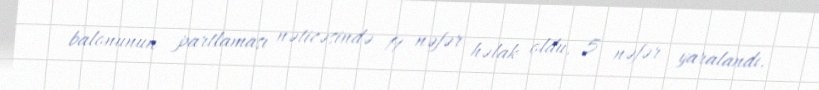
balonunun partlaması nəticəsində 19 nəfər həlak oldu, 5 nəfər yaralandı.